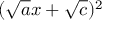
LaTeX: ( { \sqrt { a } } x + { \sqrt { c } } ) ^ { 2 }